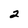
Character: 2